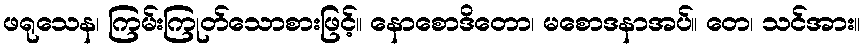
ဖရုသေန၊ ကြမ်းကြုတ်သောစားဖြင့်။ နောစောဒိတော၊ မစောဒနာအပ်။ တေ၊ သင်အား။